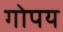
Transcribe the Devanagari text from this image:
गोपय